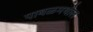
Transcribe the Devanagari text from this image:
पाबळमधील